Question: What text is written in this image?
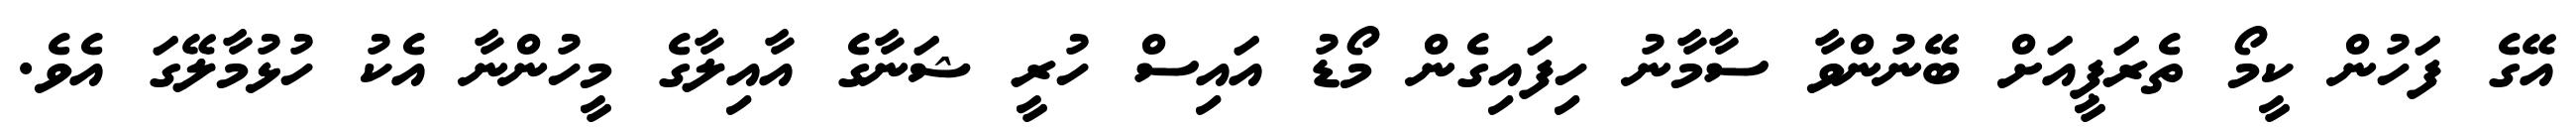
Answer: އޭގެ ފަހުން ކީމޯ ތެރަޕީއަށް ބޭނުންވާ ސާމާނު ހިފައިގެން މޯޑު އައިސް ހުރީ ޝަނާގެ އާއިލާގެ މީހުންނާ އެކު ހުޅުމާލޭގަ އެވެ.